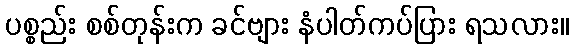
ပစ္စည်း စစ်တုန်းက ခင်ဗျား နံပါတ်ကပ်ပြား ရသလား။